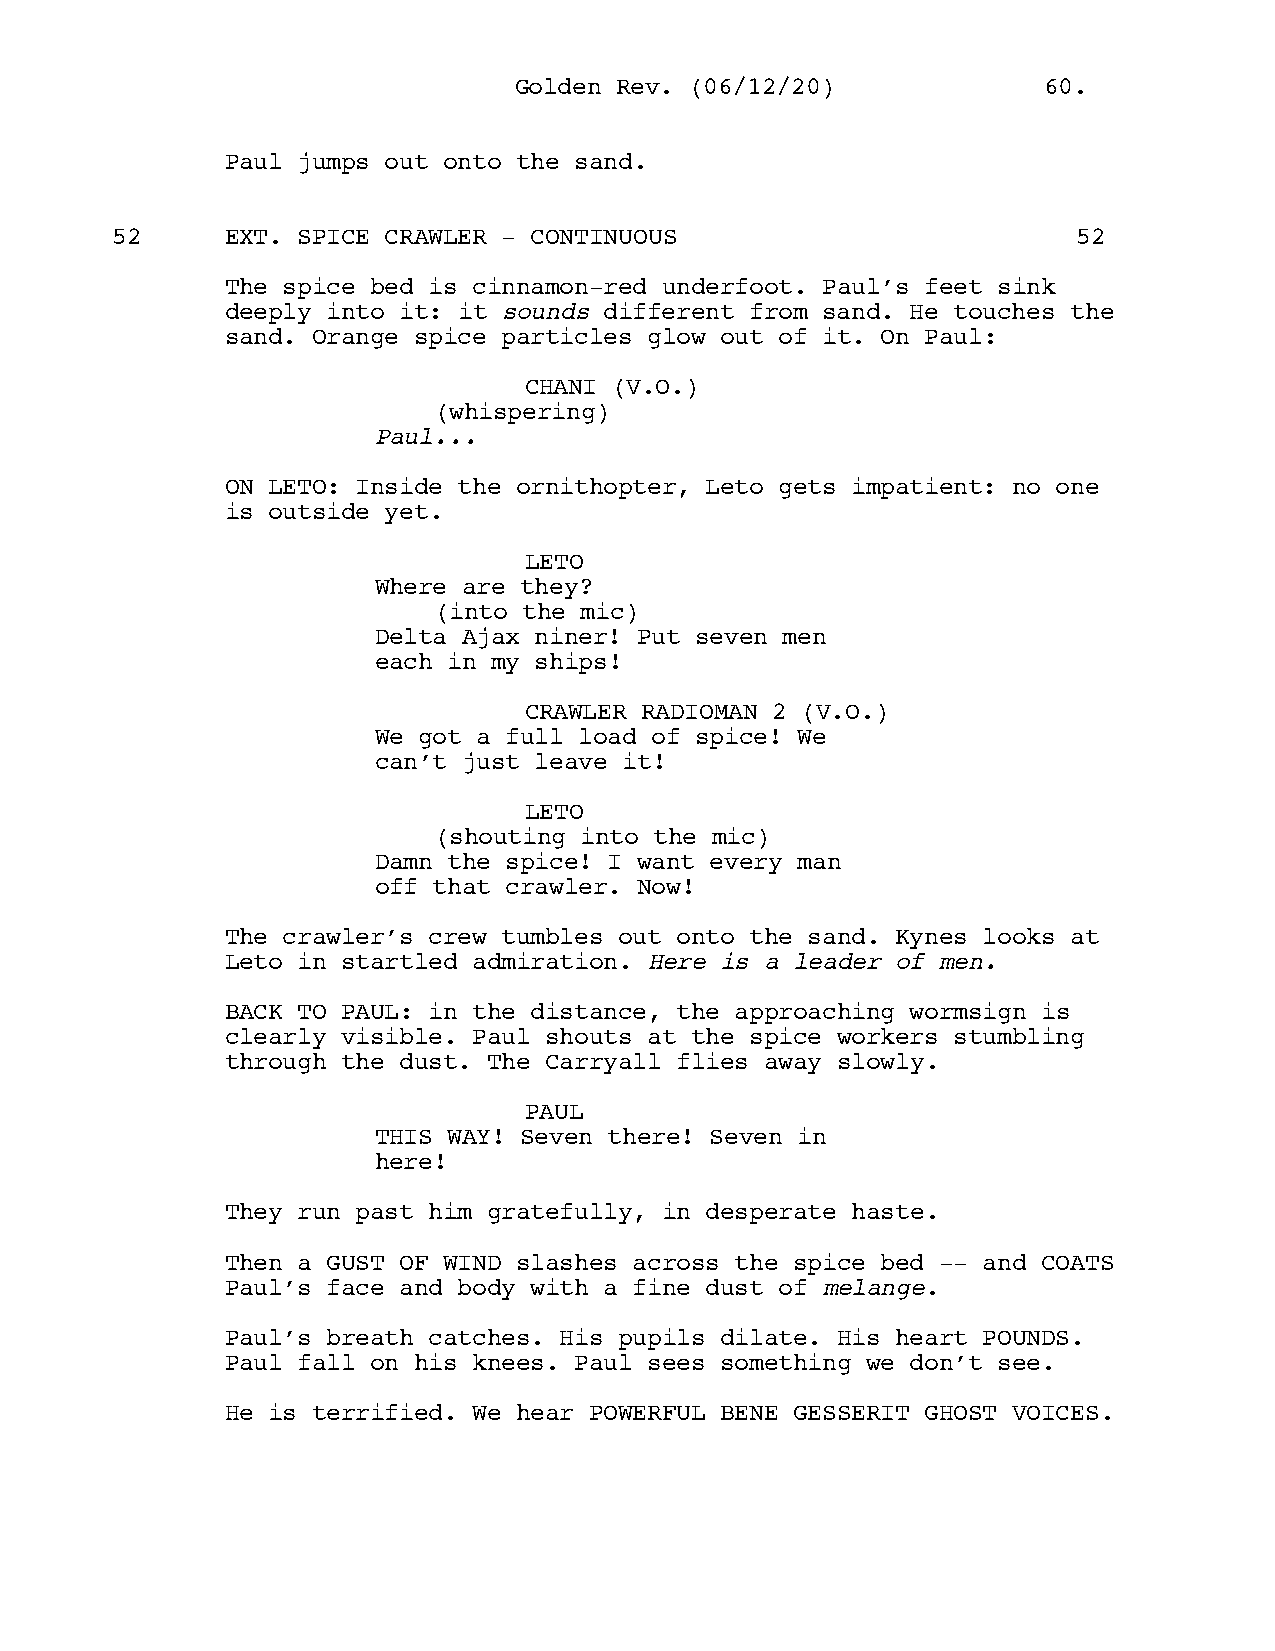
GGoollddeenn RReevv.. ((0066//1122//2200)) 6600..
 Paul jumps out onto the sand.
 52      EXT. SPICE CRAWLER - CONTINUOUS                         52
 The spice bed is cinnamon-red underfoot. Paul’s feet sink
 deeply into it: it sounds different from sand. He touches the
 sand. Orange spice particles glow out of it. On Paul:
 CHANI (V.O.)
 (whispering)
 Paul...
 ON LETO: Inside the ornithopter, Leto gets impatient: no one
 is outside yet.
 LETO
 Where are they?
 (into the mic)
 Delta Ajax niner! Put seven men
 each in my ships!
 CRAWLER RADIOMAN 2 (V.O.)
 We got a full load of spice! We
 can’t just leave it!
 LETO
 (shouting into the mic)
 Damn the spice! I want every man
 off that crawler. Now!
 The crawler’s crew tumbles out onto the sand. Kynes looks at
 Leto in startled admiration. Here is a leader of men.
 BACK TO PAUL: in the distance, the approaching wormsign is
 clearly visible. Paul shouts at the spice workers stumbling
 through the dust. The Carryall flies away slowly.
 PAUL
 THIS WAY! Seven there! Seven in
 here!
 They run past him gratefully, in desperate haste.
 Then a GUST OF WIND slashes across the spice bed -- and COATS
 Paul’s face and body with a fine dust of melange.
 Paul’s breath catches. His pupils dilate. His heart POUNDS.
 Paul fall on his knees. Paul sees something we don’t see.
 He is terrified. We hear POWERFUL BENE GESSERIT GHOST VOICES.